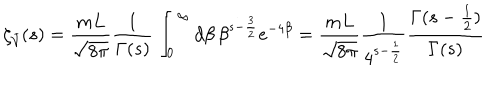
\zeta _ { \bar { \cal V } } ( s ) = \frac { m L } { \sqrt { 8 \pi } } \frac { 1 } { \Gamma ( s ) } \int _ { 0 } ^ { \infty } d \beta \, \beta ^ { s - \frac { 3 } { 2 } } e ^ { - 4 \beta } = \frac { m L } { \sqrt { 8 \pi } } \frac { 1 } { 4 ^ { s - \frac { 1 } { 2 } } } \frac { \Gamma ( s - \frac { 1 } { 2 } ) } { \Gamma ( s ) }